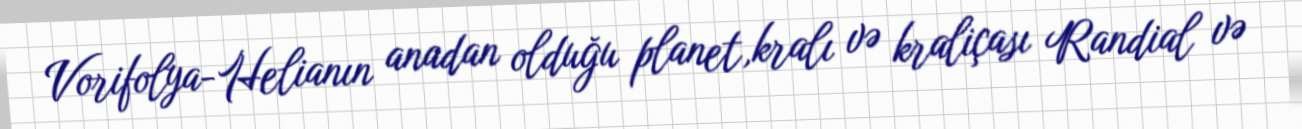
Vorifolya-Helianın anadan olduğu planet,kralı və kraliçası Randial və